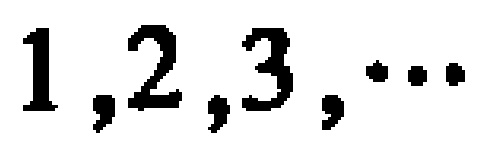
$1,2,3,\cdots$